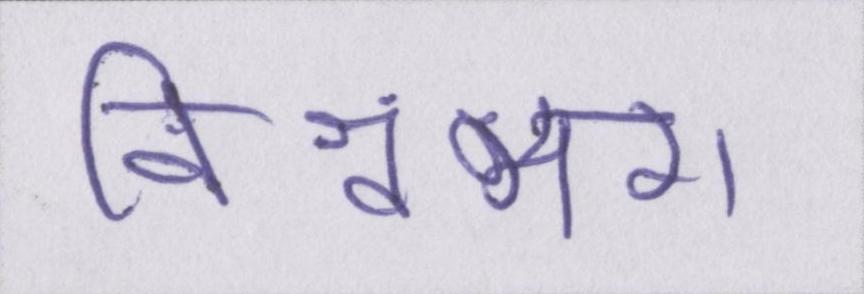
विश्वंभरा